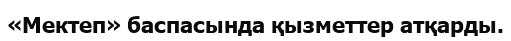
«Мектеп» баспасында қызметтер атқарды.